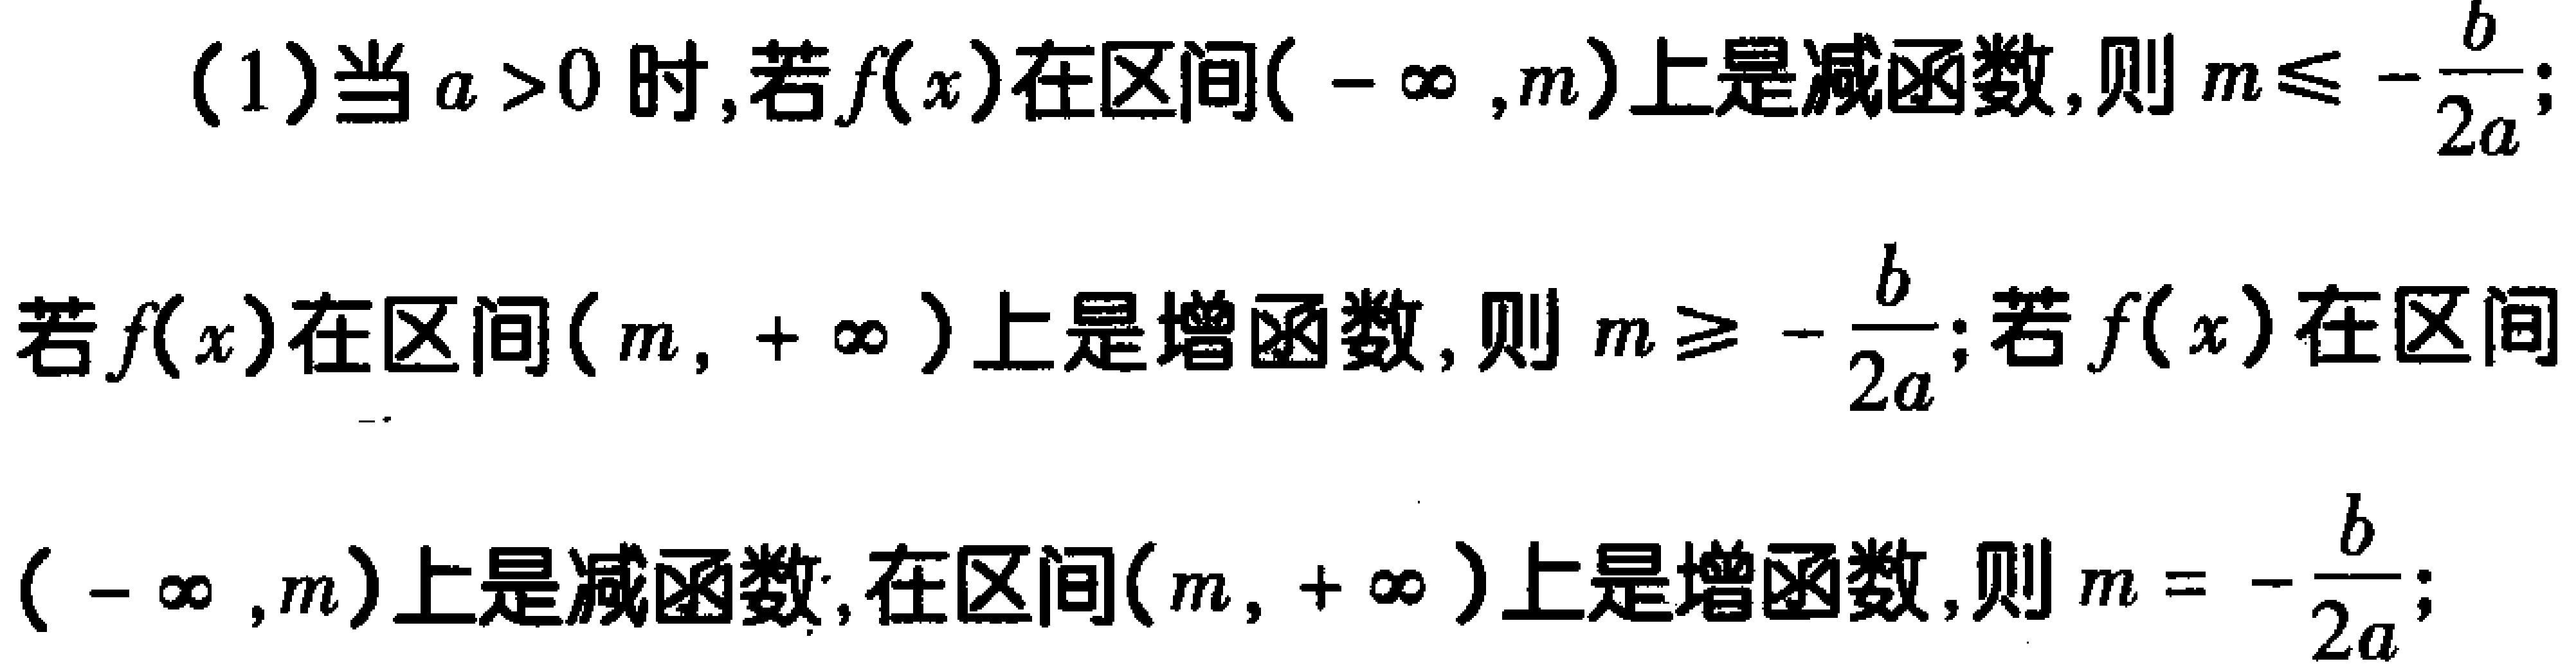
(1)当\(a > 0\)时,若\(f(x)\)在区间\((-\infty,m)\)上是减函数,则\(m\leqslant -\frac{b}{2a}\);

若\(f(x)\)在区间\((m,+\infty)\)上是增函数,则\(m\geqslant -\frac{b}{2a}\);若\(f(x)\)在区间

\((-\infty,m)\)上是减函数,在区间\((m,+\infty)\)上是增函数,则\(m = -\frac{b}{2a}\);